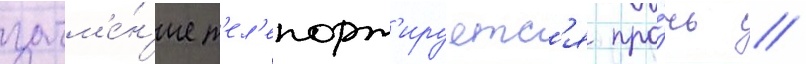
затм'е́н'ие т'ел'епорт'ируетс'я про́чь //